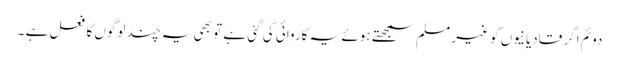
دوئم اگر قادیانیوں کو غیر مسلم سمجھتے ہوئے یہ کاروائی کی گئی ہے تو بھی یہ چند لوگوں کا فعل ہے ۔